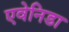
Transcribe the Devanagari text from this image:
एवेनिडा